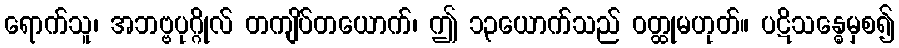
ရောက်သူ၊ အဘဗ္ဗပုဂ္ဂိုလ် တကျိပ်တယောက်၊ ဤ ၁၃ယောက်သည် ဝတ္ထုမဟုတ်။ ပဋိသန္ဓေမှစ၍